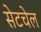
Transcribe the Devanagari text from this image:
सेटचेल